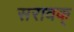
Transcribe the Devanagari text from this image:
सरावक्